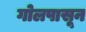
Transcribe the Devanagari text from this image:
गोलपासून